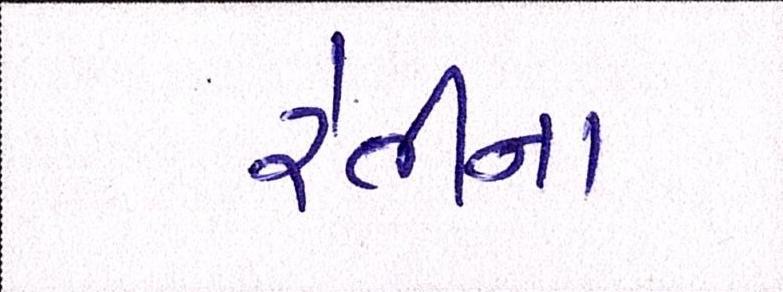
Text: રેતીના